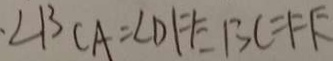
\angle B C A = \angle D F E B C = F E